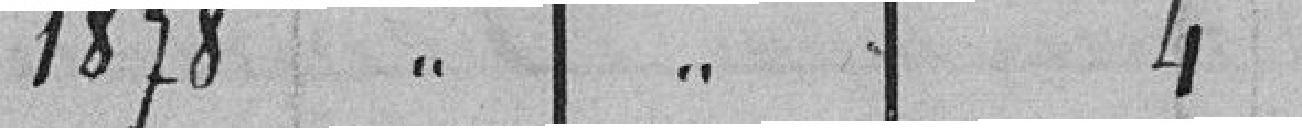
1878 " " 4